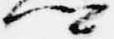
卿